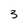
Character: 3